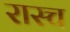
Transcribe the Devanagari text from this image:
रास्च